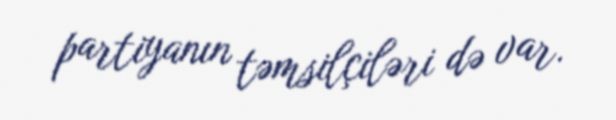
partiyanın təmsilçiləri də var.